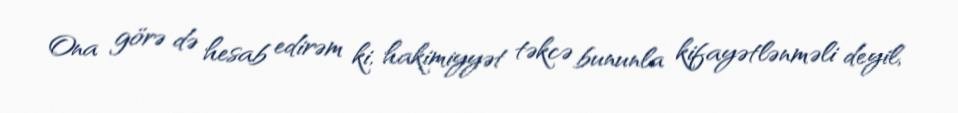
Ona görə də hesab edirəm ki, hakimiyyət təkcə bununla kifayətlənməli deyil,